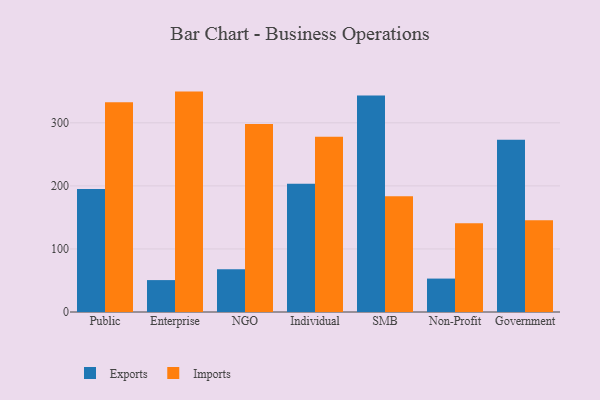
{"axis": {"x": "Segment", "y": "Gross Profit (USD K)"}, "legend": ["Exports", "Imports"], "data": [{"x": "Public", "y": 195.2, "type": "Exports"}, {"x": "Public", "y": 332.6, "type": "Imports"}, {"x": "Enterprise", "y": 50.6, "type": "Exports"}, {"x": "Enterprise", "y": 349.5, "type": "Imports"}, {"x": "NGO", "y": 67.8, "type": "Exports"}, {"x": "NGO", "y": 298.2, "type": "Imports"}, {"x": "Individual", "y": 203.3, "type": "Exports"}, {"x": "Individual", "y": 277.8, "type": "Imports"}, {"x": "SMB", "y": 343.4, "type": "Exports"}, {"x": "SMB", "y": 183.6, "type": "Imports"}, {"x": "Non-Profit", "y": 53.0, "type": "Exports"}, {"x": "Non-Profit", "y": 140.7, "type": "Imports"}, {"x": "Government", "y": 273.1, "type": "Exports"}, {"x": "Government", "y": 145.5, "type": "Imports"}]}